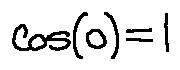
\cos ( 0 ) = 1